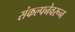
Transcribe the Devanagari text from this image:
संकल्पनेवरून